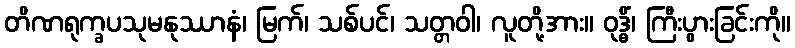
တိဏရုက္ခပသုမနုဿာနံ၊ မြက်၊ သစ်ပင်၊ သတ္တဝါ၊ လူတို့အား။ ဝုဒ္ဓိံ၊ ကြီးပွားခြင်းကို။